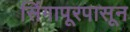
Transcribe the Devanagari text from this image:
सिंगापूरपासून